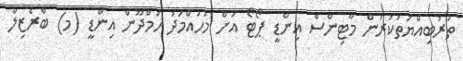
ތަރުބިއްޔަތުކުރުން މާޓިންސް އިންޑީ ޕޯޓޯ އަށް މުހައްމަދު ހަމްދޫން އިންޑީ (މ) ބްރެޒިލާ